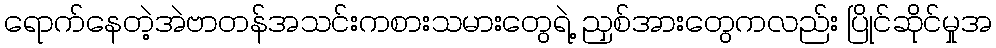
ရောက်နေတဲ့အဲဗာတန်အသင်းကစားသမားတွေရဲ့ ညှစ်အားတွေကလည်း ပြိုင်ဆိုင်မှုအ